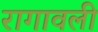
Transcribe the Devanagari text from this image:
रागावली